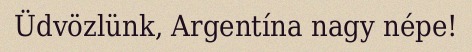
Üdvözlünk, Argentína nagy népe!